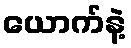
ယောက်နဲ့